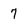
Character: 7